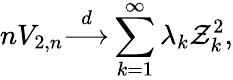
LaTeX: nV_{2,n}{\stackrel{d}{\longrightarrow}}\sum_{k=1}^{\infty}\lambda_{k}\mathcal{Z}_{k}^{2},